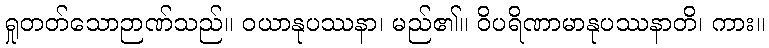
ရှုတတ်သောဉာဏ်သည်။ ဝယာနုပဿနာ၊ မည်၏။ ဝိပရိဏာမာနုပဿနာတိ၊ ကား။